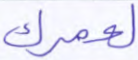
لعمرك